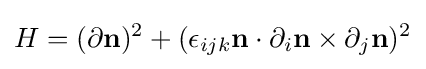
H=(\partial {\bf {n}})^{2}+(\epsilon _{ijk}{\bf {n}}\cdot \partial _{i}{\bf {n}}\times \partial _{j}{\bf {n}})^{2}